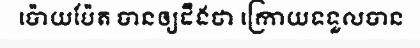
ប៉ោយប៉ែត បានឲ្យដឹងថា ក្រោយទទួលបាន